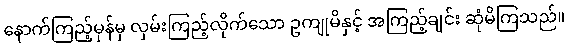
နောက်ကြည့်မှန်မှ လှမ်းကြည့်လိုက်သော ဥကျုမိနှင့် အကြည့်ချင်း ဆုံမိကြသည်။